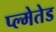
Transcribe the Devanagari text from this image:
प्ल्मेतेड